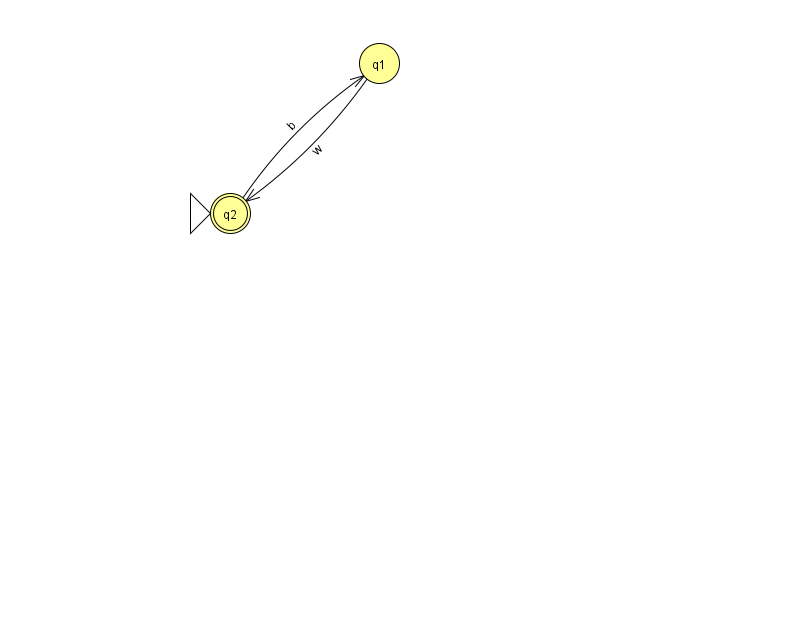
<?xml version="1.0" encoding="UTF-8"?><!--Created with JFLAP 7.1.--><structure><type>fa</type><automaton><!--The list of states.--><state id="1" name="q1"><x>379.0</x><y>50.0</y></state><state id="2" name="q2"><x>230.0</x><y>200.0</y><initial/><final/></state><!--The list of transitions.--><transition><from>1</from><to>2</to><read>w</read></transition><transition><from>2</from><to>1</to><read>b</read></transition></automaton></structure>